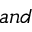
a n d